Laidoner,_Johan, lk 114
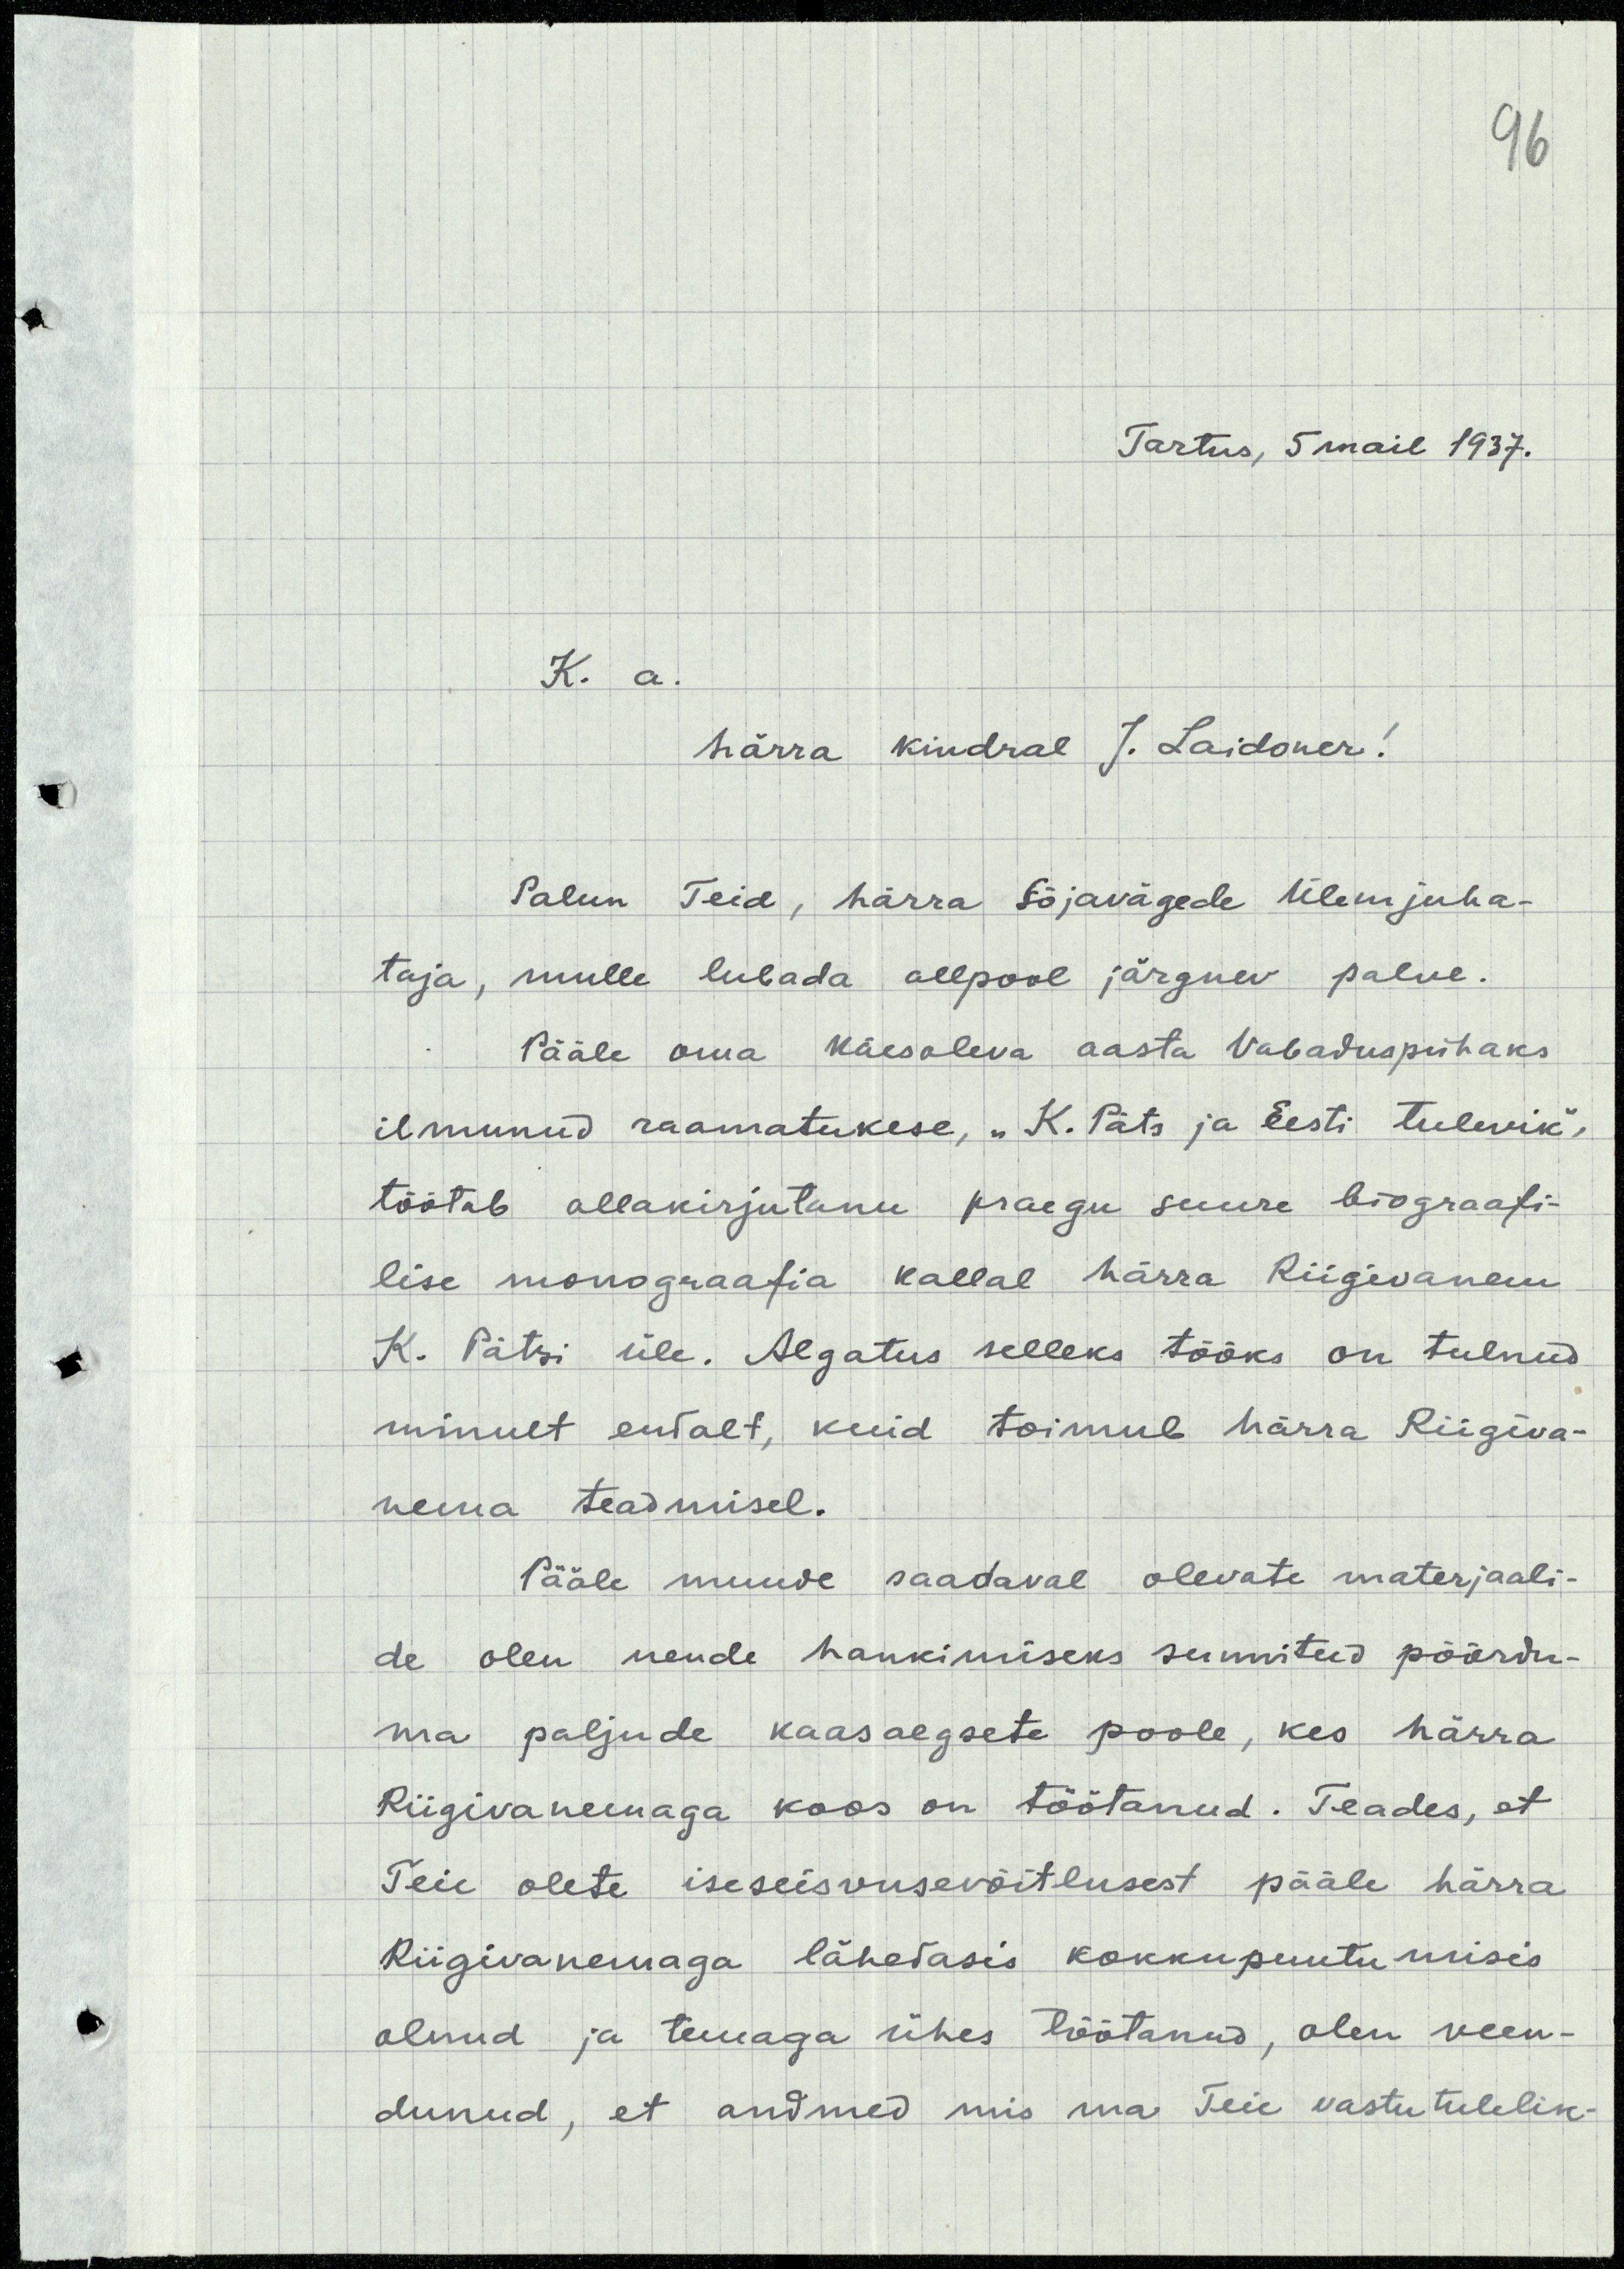
96
Tartus, 5 mail 1937.
K. a.
härra kindral J. Laidoner!
Palun Teid, härra Sõjavägede ülemjuha-
taja, mulle lubada allpool järgnev palve.
Pääle oma käesoleva aasta Vabaduspühaks
ilmunud raamatukese, "K.Päts ja Eesti tulevik",
töötab allakirjutanu praegu suure biograafi-
lise monograafia kallal härra Riigivanem
K. Pätsi üle. Algatus selleks tööks on tulnud
minult ennalt, kuid toimub härra Riigiva-
nema teadmisel.
Pääle muude saadaval olevate materjaali-
de olen nende hankimiseks sunnitud pöördu-
ma paljude kaasaegsete poole, kes härra
Riigivanemaga koos on töötanud. Teades, et
Teie olete iseseisvusevõitlusest pääle härra
Riigivanemaga lähedasis kokkupuutumisis
olnud ja temaga ühes töötanud, olen veen-
dunud, et andmed mis ma Teie vastutulelik-